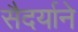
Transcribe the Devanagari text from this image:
सैदर्याने